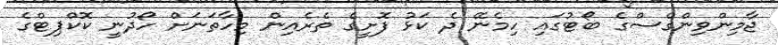
ޖާމިންވިންގްސްގެ ބޯޓުގައި ހިމެނޭ ދެ ކަޅު ފޮށީގެ ތެރެއިން މިހާތަނަށް ހޯދުނީ ކޮކްޕިޓްގެ